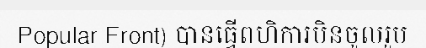
Popular Front) បានធ្វើពហិការមិនចូលរួម